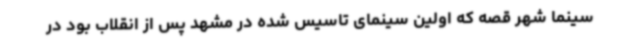
سینما شهر قصه که اولین سینمای تاسیس شده در مشهد پس از انقلاب بود در